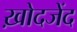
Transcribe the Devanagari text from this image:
ख़ोदजेंद